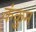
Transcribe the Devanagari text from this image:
कंकुम